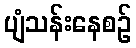
ပျံသန်းနေစဉ်